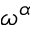
\omega ^ { \alpha }